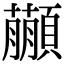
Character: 𩕕